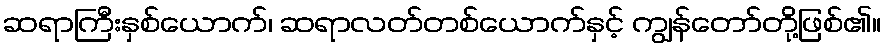
ဆရာကြီးနှစ်ယောက်၊ ဆရာလတ်တစ်ယောက်နှင့် ကျွန်တော်တို့ဖြစ်၏။